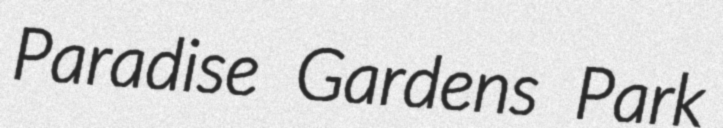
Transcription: Paradise Gardens Park